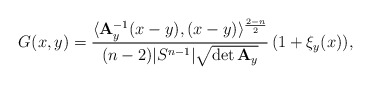
\begin{align*} G(x,y)=\frac{\langle {\bf A}_y^{-1}(x-y),(x-y)\rangle^{\frac{2-n}{2}}}{(n-2)|S^{n-1}|\sqrt{\det {\bf A}_y}}\,(1+\xi_y(x)), \end{align*}